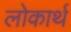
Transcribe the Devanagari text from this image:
लोकार्थ